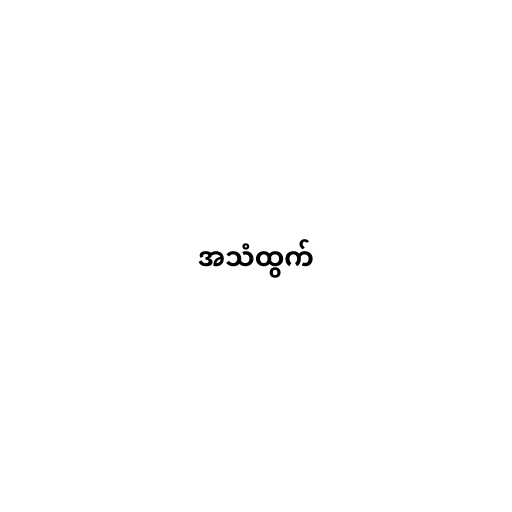
အသံထွက်